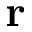
\mathbf { r }